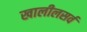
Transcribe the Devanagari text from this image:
खालीलसर्व